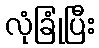
လုံခြုံပြီး